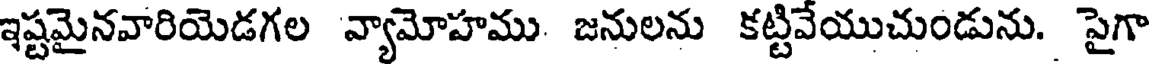
ఇష్టమైనవారియెడగల వ్యామోహము జనులను కట్టివేయుచుండును. పైగా